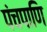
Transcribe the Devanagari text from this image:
पंचपाणि